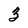
Character: 3